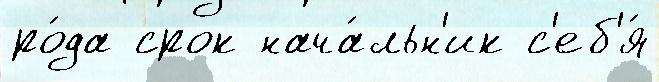
ро́да срок нача́льн'ик с'еб'я́